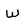
Character: w